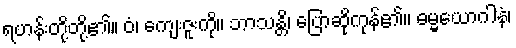
ရဟန်းတို့တို့၏။ ဝံ၊ ကျေးဇူးကို။ ဘာသန္တိ၊ ပြောဆိုကုန်၏။ ဓမ္မယောဂါနံ၊